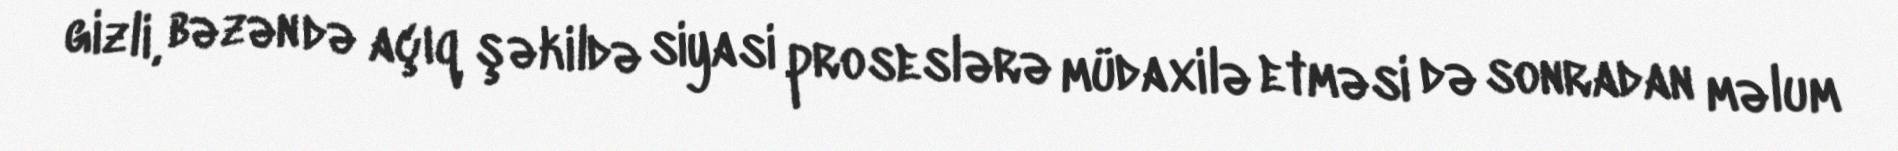
gizli, bəzən də açıq şəkildə siyasi proseslərə müdaxilə etməsi də sonradan məlum